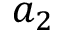
a _ { 2 }